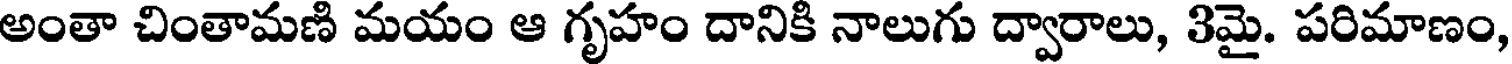
అంతా చింతామణి మయం ఆ గృహం దానికి నాలుగు ద్వారాలు, 3మై. పరిమాణం,